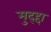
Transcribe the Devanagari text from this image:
मुद्द्दा